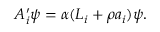
A _ { i } ^ { \prime } \psi = \alpha ( { \cal L } _ { i } + \rho a _ { i } ) \psi .